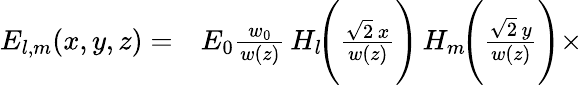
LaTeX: \begin{array}{rl}{E_{l,m}(x,y,z)=}&{{}E_{0}{\frac{w_{0}}{w(z)}}\, H_{l}\! {\Bigg(}{\frac{{\sqrt{2}}\, x}{w(z)}}{\Bigg)}\, H_{m}\! {\Bigg(}{\frac{{\sqrt{2}}\, y}{w(z)}}{\Bigg)}\times}\end{array}